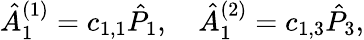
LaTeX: \hat{A}_{1}^{(1)}=c_{1,1}\hat{P}_{1},\quad\hat{A}_{1}^{(2)}=c_{1,3}\hat{P}_{3},